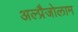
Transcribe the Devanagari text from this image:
अल्प्रैजोलाम